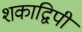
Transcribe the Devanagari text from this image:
शकाद्विपी